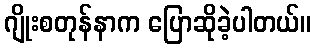
ဂျိုးစတုန်နာက ပြောဆိုခဲ့ပါတယ်။